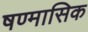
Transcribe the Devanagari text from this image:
षण्मासिक